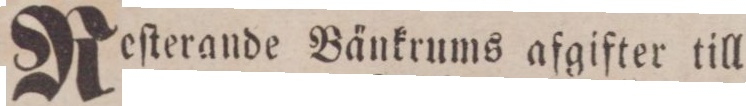
Reſterande Bänkrums afgifter till